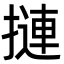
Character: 摙